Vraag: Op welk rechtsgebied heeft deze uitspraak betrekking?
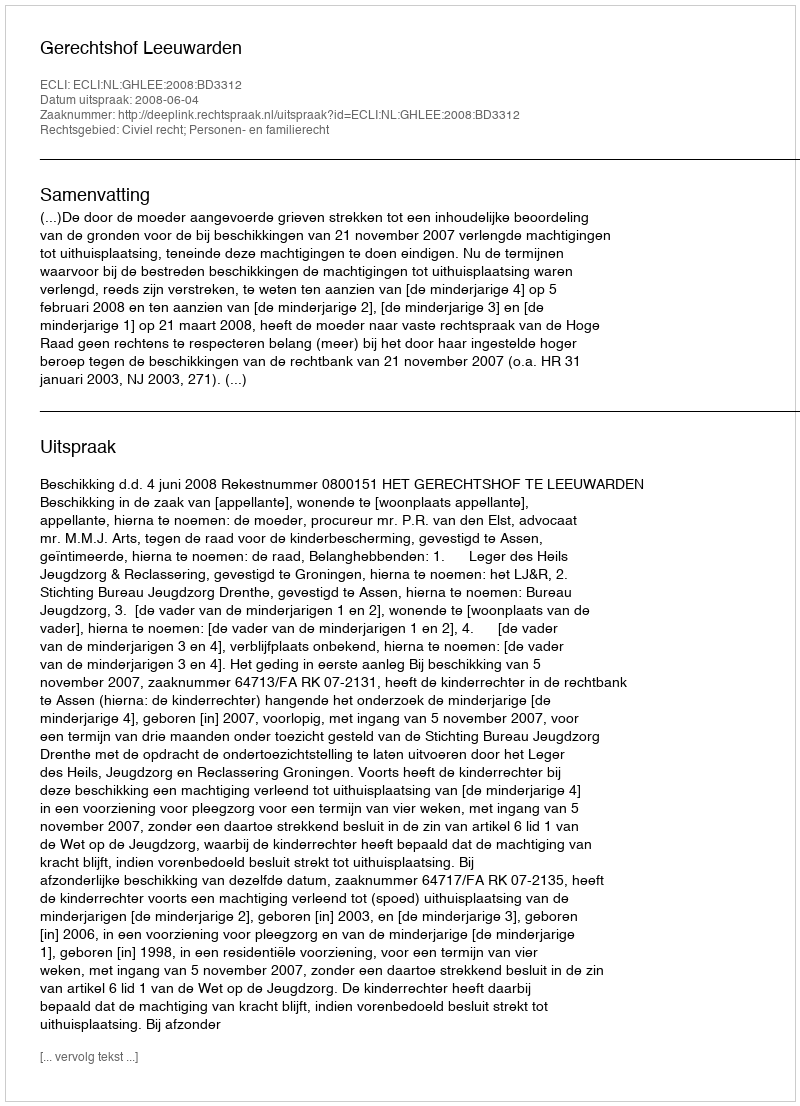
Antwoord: Civiel recht; Personen- en familierecht